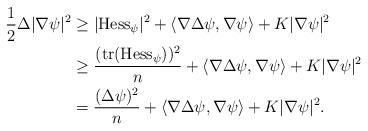
LaTeX: \begin{align*}\frac{1}{2}\Delta |\nabla \psi|^2 &\ge |\mathrm{Hess}_{\psi}|^2 +\langle \nabla \Delta \psi, \nabla \psi\rangle +K|\nabla \psi|^2 \\&\ge \frac{(\mathrm{tr}(\mathrm{Hess}_{\psi}))^2}{n}+\langle \nabla \Delta \psi, \nabla \psi\rangle +K|\nabla \psi|^2 \\&=\frac{(\Delta \psi)^2}{n}+\langle \nabla \Delta \psi, \nabla \psi\rangle +K|\nabla \psi|^2.\end{align*}